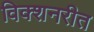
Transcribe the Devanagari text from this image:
विक्शनरीत